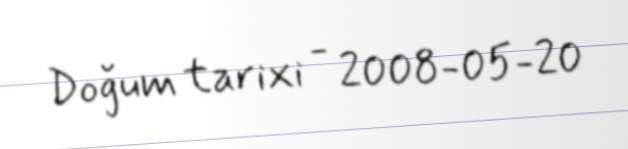
Doğum tarixi - 2008-05-20